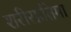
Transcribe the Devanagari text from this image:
शरीरप्रतिमा